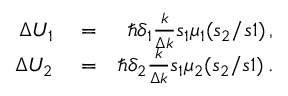
\begin{array} { r l r } { \Delta U _ { 1 } } & { { } = } & { \hbar \delta _ { 1 } \frac { k } { \Delta k } s _ { 1 } \mu _ { 1 } ( s _ { 2 } / s 1 ) \, , } \\ { \Delta U _ { 2 } } & { { } = } & { \hbar \delta _ { 2 } \frac { k } { \Delta k } s _ { 1 } \mu _ { 2 } ( s _ { 2 } / s 1 ) \, . } \end{array}